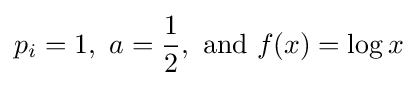
p_{i}=1,\ a={\frac {1}{2}},{\text{ and }}f(x)=\log x